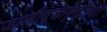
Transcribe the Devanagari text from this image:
जाणीवजागृतीच्या